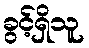
ခွင့်ရှိသူ